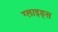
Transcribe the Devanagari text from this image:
ग्लाइड्स